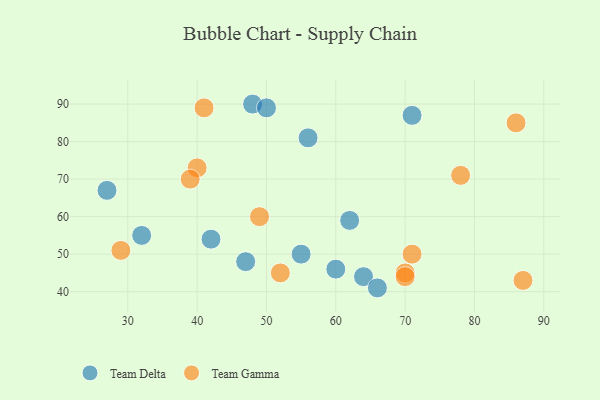
{"axis": {"x": "GDP", "y": "Life Expectancy"}, "legend": ["Team Delta", "Team Gamma"], "data": [{"x": "62", "y": 59, "type": "Team Delta"}, {"x": "42", "y": 54, "type": "Team Delta"}, {"x": "56", "y": 81, "type": "Team Delta"}, {"x": "48", "y": 90, "type": "Team Delta"}, {"x": "64", "y": 44, "type": "Team Delta"}, {"x": "66", "y": 41, "type": "Team Delta"}, {"x": "60", "y": 46, "type": "Team Delta"}, {"x": "71", "y": 87, "type": "Team Delta"}, {"x": "50", "y": 89, "type": "Team Delta"}, {"x": "55", "y": 50, "type": "Team Delta"}, {"x": "32", "y": 55, "type": "Team Delta"}, {"x": "47", "y": 48, "type": "Team Delta"}, {"x": "27", "y": 67, "type": "Team Delta"}, {"x": "78", "y": 71, "type": "Team Gamma"}, {"x": "71", "y": 50, "type": "Team Gamma"}, {"x": "87", "y": 43, "type": "Team Gamma"}, {"x": "40", "y": 73, "type": "Team Gamma"}, {"x": "70", "y": 45, "type": "Team Gamma"}, {"x": "86", "y": 85, "type": "Team Gamma"}, {"x": "70", "y": 44, "type": "Team Gamma"}, {"x": "41", "y": 89, "type": "Team Gamma"}, {"x": "52", "y": 45, "type": "Team Gamma"}, {"x": "29", "y": 51, "type": "Team Gamma"}, {"x": "39", "y": 70, "type": "Team Gamma"}, {"x": "49", "y": 60, "type": "Team Gamma"}]}